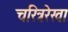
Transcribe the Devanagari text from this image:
चरित्ररेखा